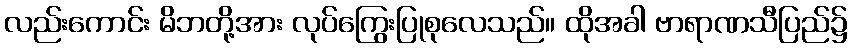
လည်းကောင်း မိဘတို့အား လုပ်ကြွေးပြုစုလေသည်။ ထိုအခါ ဗာရာဏသီပြည်၌